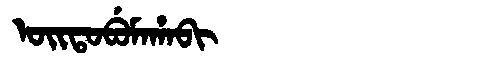
Manchu: ᠣᡳᡨᠣᠪᡠᠮᠠᡥᠠᠪᡳ
Romanization: OITOBUMAHABI